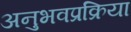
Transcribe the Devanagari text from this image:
अनुभवप्रक्रिया